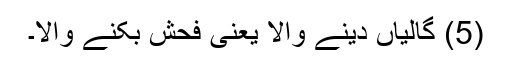
(5) گالیاں دینے والا یعنی فحش بکنے والا۔